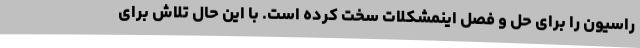
راسیون را برای حل و فصل اینمشکلات سخت کرده است. با این حال تلاش برای